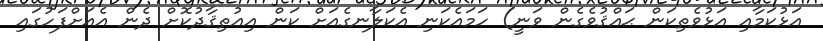
އަޅުކަމާއި އަޅުވެތިކަން ޙައްޤުވެގެން ވަނީ) ހަމައެކަނި އެކަލާނގެއަށް ކަން އިޢުތިޤާދުކޮށް ދެން އެއަށްފަހުގައި